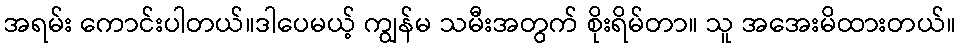
အရမ်း ကောင်းပါတယ်။ဒါပေမယ့် ကျွန်မ သမီးအတွက် စိုးရိမ်တာ။ သူ အအေးမိထားတယ်။